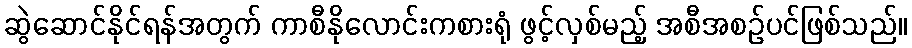
ဆွဲဆောင်နိုင်ရန်အတွက် ကာစီနိုလောင်းကစားရုံ ဖွင့်လှစ်မည့် အစီအစဉ်ပင်ဖြစ်သည်။